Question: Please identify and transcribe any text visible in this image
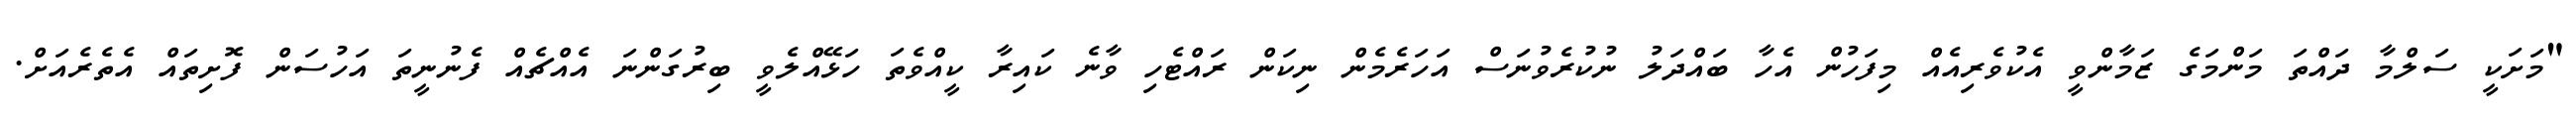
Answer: "މަށަކީ ސަލްމާ ދައްތަ މަންމަގެ ޒަމާންވީ އެކުވެރިއެއް މިފަހުން އެހާ ބައްދަލު ނުކުރެވުނަސް އަހަރެމެން ނިކަން ރައްޓެހި ވާނެ ކައިރާ ކީއްވެތަ ހަޅޭއްލެވީ ބިރުގަންނަ އެއްޗެއް ފެނުނީތަ އަހުސަން ފޮށިތައް އެތެރެއަށް.